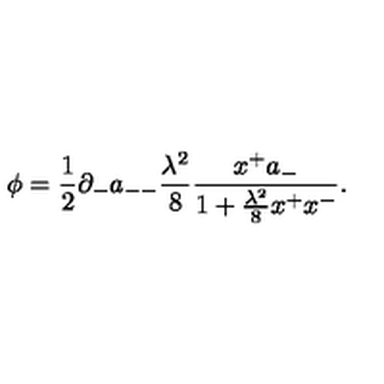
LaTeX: \phi = { \frac { 1 } { 2 } } \partial _ { - } a _ { -- } { \frac { \lambda ^ { 2 } } { 8 } } { \frac { x ^ { + } a _ { - } } { 1 + { \frac { \lambda ^ { 2 } } { 8 } } x ^ { + } x ^ { - } } } .